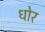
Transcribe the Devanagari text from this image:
धोर